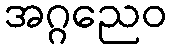
အဂ္ဂညေဝ